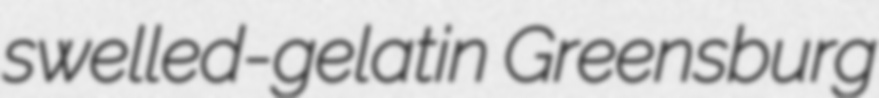
swelled-gelatin Greensburg